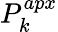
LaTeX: P_{k}^{apx}